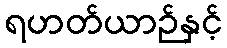
ရဟတ်ယာဉ်နှင့်